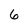
Character: 6